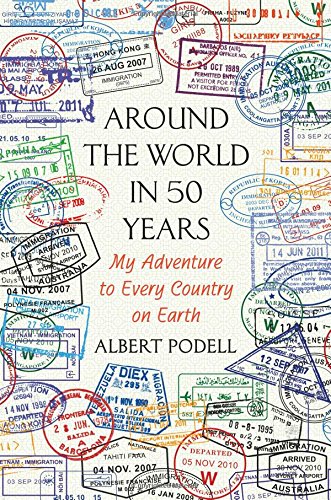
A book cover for Around the World in 50 Years: My Adventure to Every Country on Earth; Albert Podell; Travel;